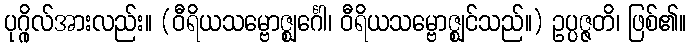
ပုဂ္ဂိုလ်အားလည်း။ (ဝီရိယသမ္ဗောဇ္ဈင်္ဂေါ၊ ဝီရိယသမ္ဗောဇ္ဈင်သည်။) ဥပ္ပဇ္ဇတိ၊ ဖြစ်၏။